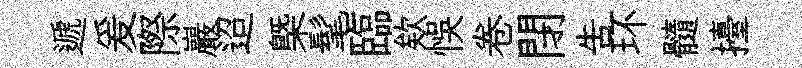
遞爰際巖迢槩髦臨欸悞卷閉吿环髓擡